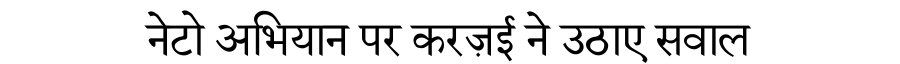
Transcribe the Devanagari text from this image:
नेटो अभियान पर करज़ई ने उठाए सवाल